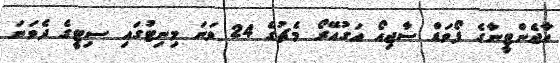
އާޖެންޓީނާގެ ފޯވަޑް ސާޖިއޯ އަގުއޭރޯ މެޗުގެ 24 ވަނަ މިނިޓުގައި ސިޓީގެ ދެވަނަ